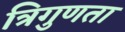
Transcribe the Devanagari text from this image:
त्रिगुणता